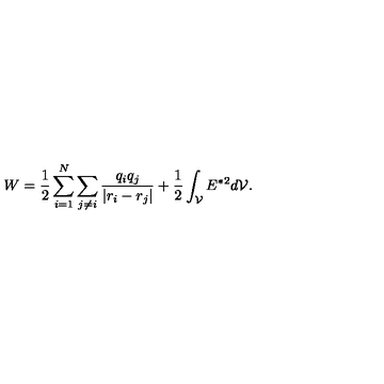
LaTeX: W = \frac { 1 } { 2 } \sum _ { i = 1 } ^ { N } \sum _ { j \neq i } \frac { q _ { i } q _ { j } } { \vert r _ { i } - r _ { j } \vert } + \frac { 1 } { 2 } \int _ { \cal V } E ^ { { \ast } 2 } d { \cal V } .